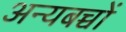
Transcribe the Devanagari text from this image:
अन्यबच्चों